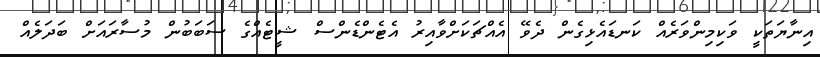
އިނާޔަތަކީ ވަކިމިންވަރެއް ކަނޑައެޅިގެން ދެވޭ އެއްޗަކަށްވާއިރު އެޓެންޑެންސް ޝީޓެއްގެ ސަބަބުން މުސާރައަށް ބަދަލެއް